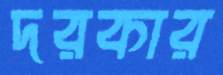
দরকার